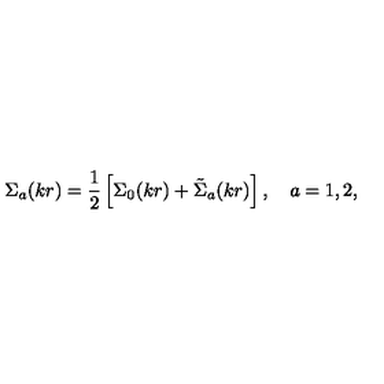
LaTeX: { \Sigma } _ { a } ( k r ) = \frac 1 2 \left[ { \Sigma } _ { 0 } ( k r ) + { \tilde { \Sigma } } _ { a } ( k r ) \right] , \quad a = 1 , 2 ,